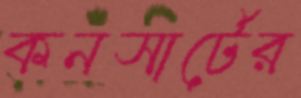
কনসার্টের